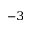
^ { - 3 }